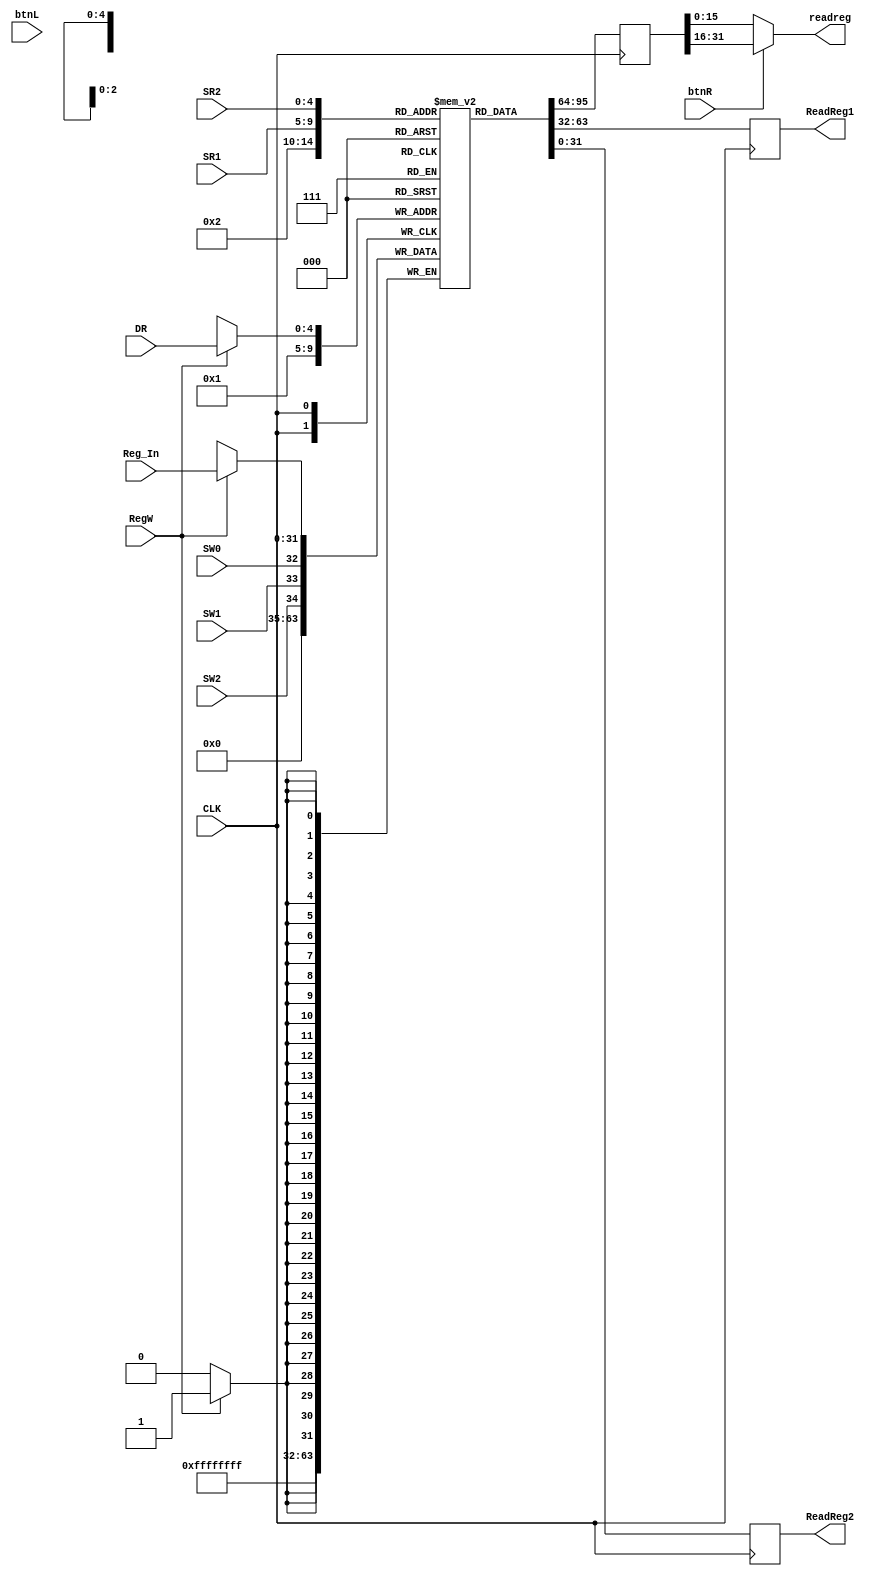
module REG(SW0,SW1,SW2,btnL,btnR, CLK, RegW, DR, SR1, SR2, Reg_In, ReadReg1, ReadReg2, readreg);
  input CLK,SW0,SW1,SW2,btnL,btnR;
  input RegW;
  input [4:0] DR;
  input [4:0] SR1;
  input [4:0] SR2;
  input [31:0] Reg_In;
  reg [31:0] display;
  output [15:0] readreg;
  output reg [31:0] ReadReg1;
  output reg [31:0] ReadReg2;

  reg [31:0] REG [0:31];
  integer i;

  initial begin
    ReadReg1 = 0;
    ReadReg2 = 0;
    display = 0;
 for(i=0;i<32;i=i+1) begin
 	REG[i]=0;
    end
  end

  always @(posedge CLK)
  begin

    if(RegW == 1'b1) begin
      REG[DR] <= Reg_In[31:0];      
    end
    display <= REG[32'd2];      
    REG[32'd1] <= {29'd0,SW2,SW1,SW0};
    ReadReg1 <= REG[SR1];
    ReadReg2 <= REG[SR2];
  end
assign readreg = (btnR) ? display[31:16] : display[15:0];
endmodule